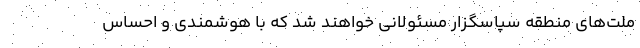
ملّت‌های منطقه سپاسگزار مسئولانی خواهند شد که با هوشمندی و احساس